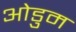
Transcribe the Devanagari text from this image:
ओडुम